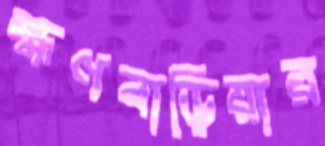
হ্মণবাড়িয়ার